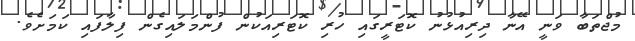
މުޖްތަބާ ވަނީ އޭނާ ދިރިއުޅުނު ކޮޓަރީގައި ހުރި ކޮޓަރިއަކުން ފުންމަލައިގެން ފިލާފައި ކަމަށެވެ.